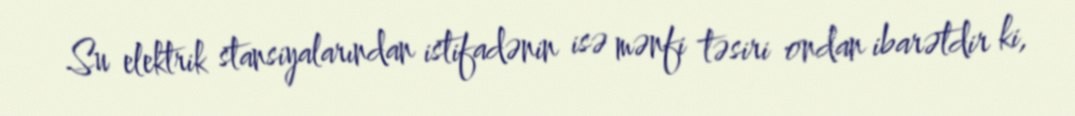
Su elektrik stansiyalarından istifadənin isə mənfi təsiri ondan ibarətdir ki,